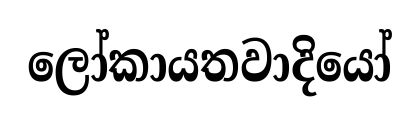
ලෝකායතවාදියෝ